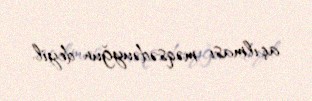
açılması məqsədəuyğun deyil.